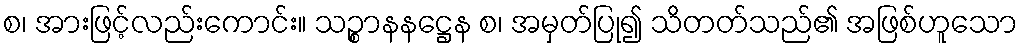
စ၊ အားဖြင့်လည်းကောင်း။ သဉ္စာနနဋ္ဌေန စ၊ အမှတ်ပြု၍ သိတတ်သည်၏ အဖြစ်ဟူသော